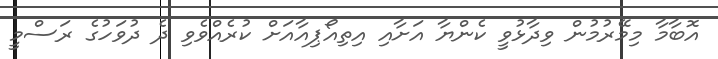
އޮބާމާ މިމޭރުމުން ވިދާޅުވީ ކެންޔާ އަށާއި އިތިއޯޕިއާއަށް ކުރެއްވެވި ދެ ދުވަހުގެ ރަސްމީ